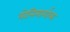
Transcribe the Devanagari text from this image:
योनिमार्गाला